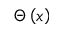
\Theta \left( x \right)